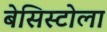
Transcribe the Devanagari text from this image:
बेसिस्टोला